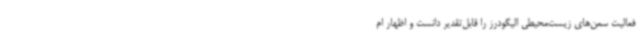
فعالیت سمن‌های زیست‌محیطی الیگودرز را قابل‌تقدیر دانست و اظهار ام